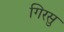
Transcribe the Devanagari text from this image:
गिरसु